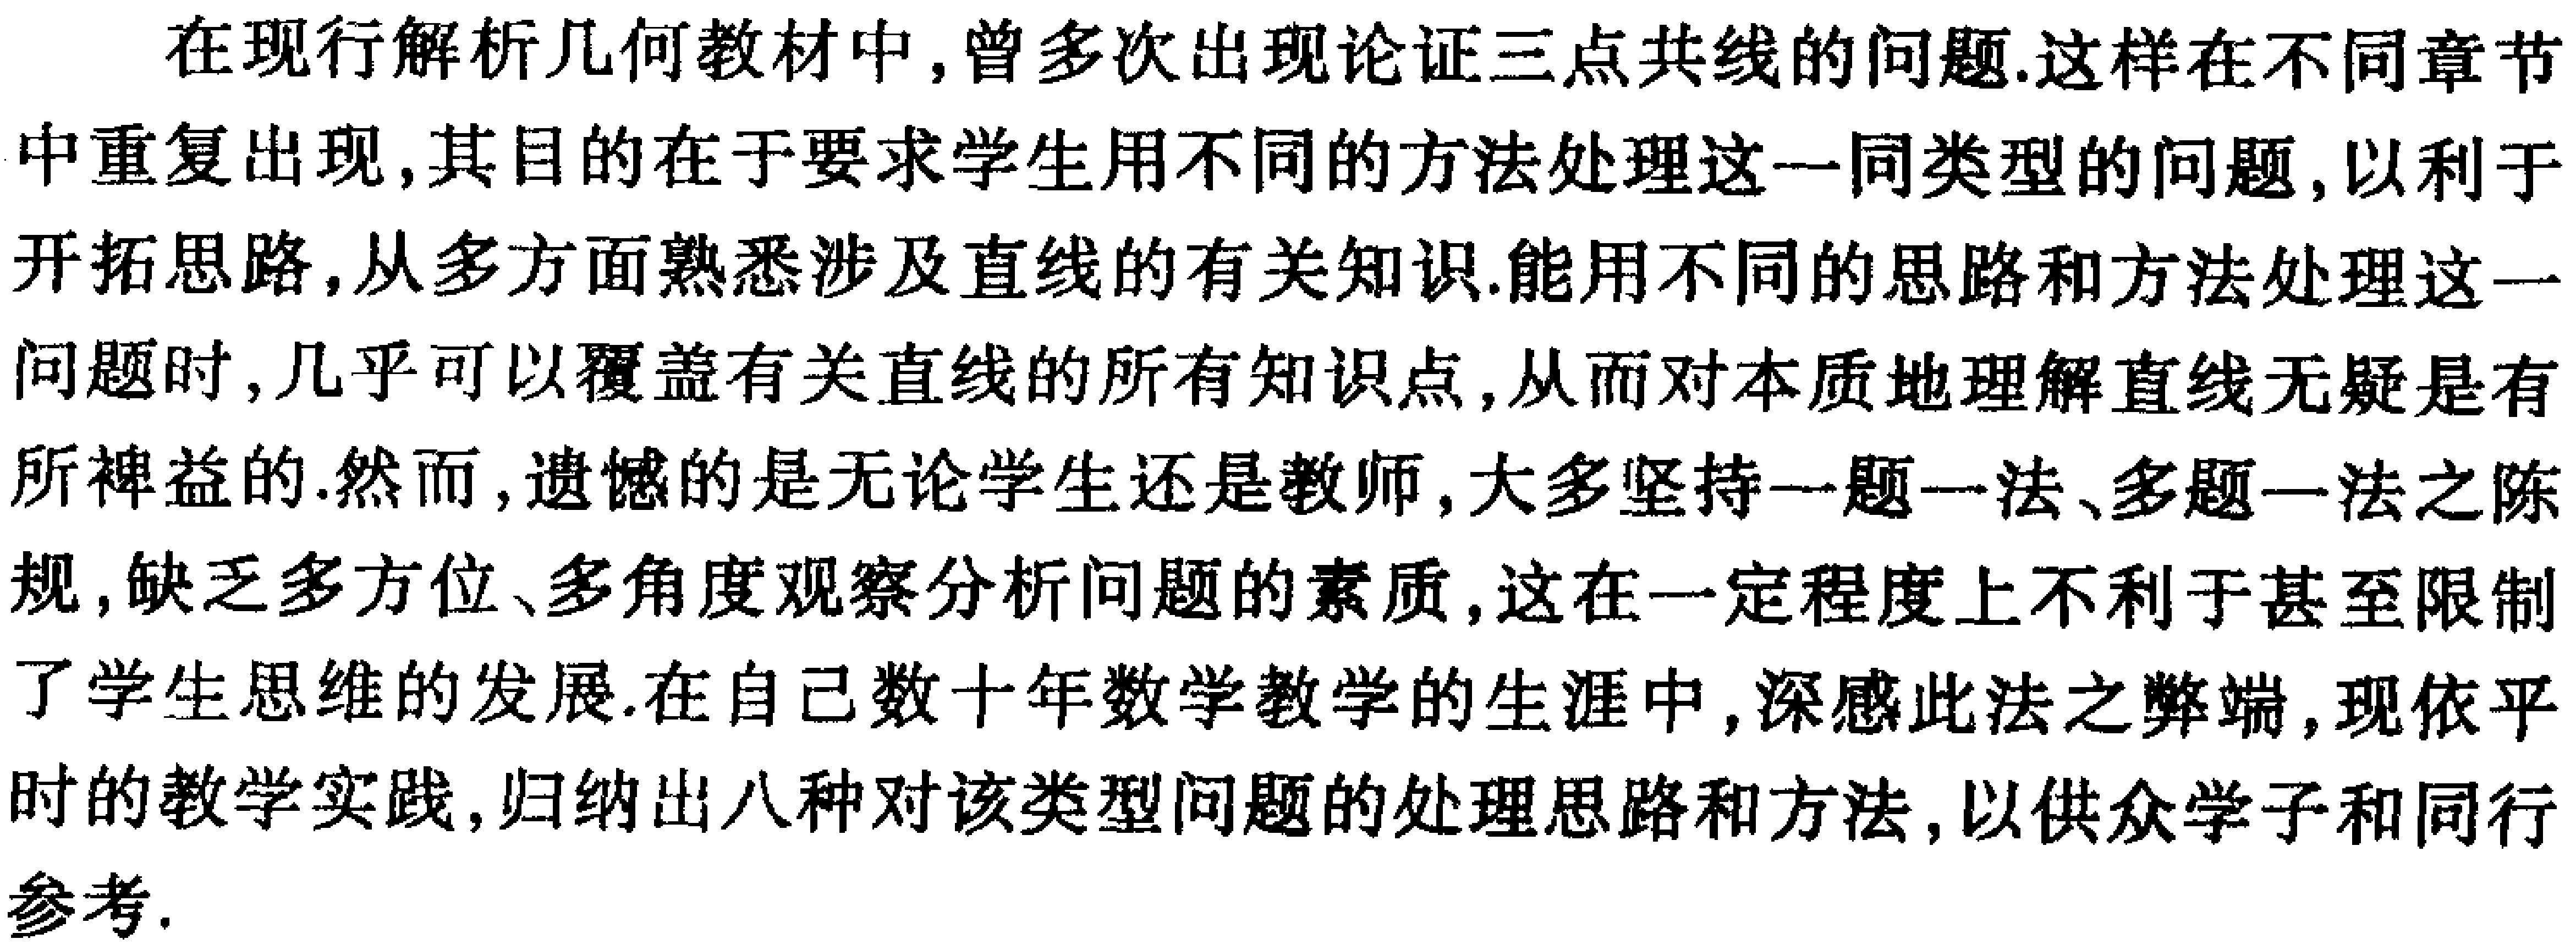
在现行解析几何教材中,曾多次出现论证三点共线的问题.这样在不同章节中重复出现,其目的在于要求学生用不同的方法处理这一同类型的问题,以利于开拓思路,从多方面熟悉涉及直线的有关知识.能用不同的思路和方法处理这一问题时,几乎可以覆盖有关直线的所有知识点,从而对本质地理解直线无疑是有所裨益的.然而,遗憾的是无论学生还是教师,大多坚持一题一法、多题一法之陈规,缺乏多方位、多角度观察分析问题的素质,这在一定程度上不利于甚至限制了学生思维的发展.在自己数十年数学教学的生涯中,深感此法之弊端,现依平时的教学实践,归纳出八种对该类型问题的处理思路和方法,以供众学子和同行参考.